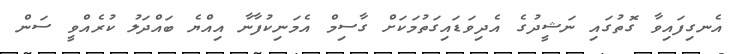
އެނގިފައިވާ ގޮތުގައި ނަޝީދުގެ އެދިވަޑައިގަތުމަކަށް ގާސިމް އެމަނިކުފާނާ އިއްޔެ ބައްދަލު ކުރެއްވީ ސަން